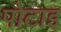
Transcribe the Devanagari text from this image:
पोटाइ